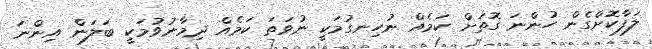
ލަފާކޮށްގެން ހުންނަ ގޮތަށް ކަމެއް ނުހިނގުމަކީ ނުވަތަ ކަމެއް ދިމާނުވުމަކީ ބަލަން އިންނަ